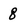
Character: 8